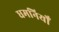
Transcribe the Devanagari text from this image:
धमनियोँ